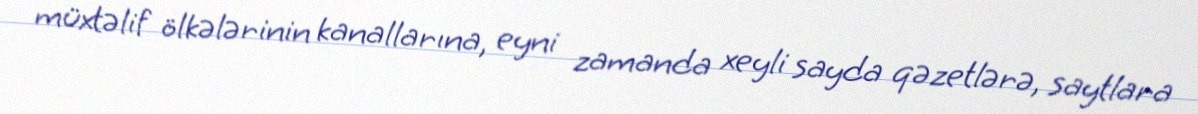
müxtəlif ölkələrinin kanallarına, eyni zamanda xeyli sayda qəzetlərə, saytlara